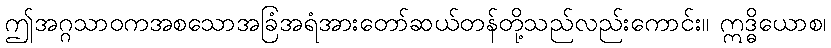
ဤအဂ္ဂသာဝကအစသောအခြံအရံအားတော်ဆယ်တန်တို့သည်လည်းကောင်း။ ဣဒ္ဓိယောစ၊